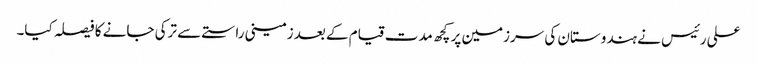
علی رئیس نے ہندوستان کی سرزمین پر کچھ مدت قیام کے بعد زمینی راستے سے ترکی جانے کا فیصلہ کیا۔